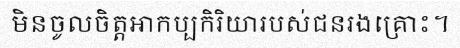
មិនចូលចិត្តអាកប្បកិរិយារបស់ជនរងគ្រោះ។